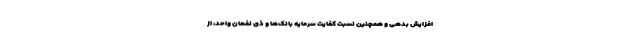
افزایش بدهی و همچنین نسبت کفایت سرمایه بانک‌ها و ذی نفعان واحد، از